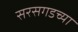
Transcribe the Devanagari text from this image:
सरसगडच्या